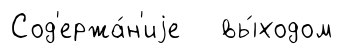
Сод'ержа́н'иjе вы́ходом